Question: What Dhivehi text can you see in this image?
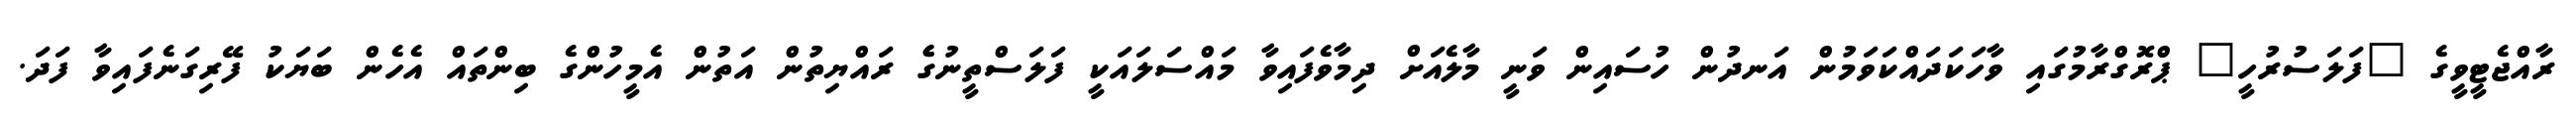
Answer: ރާއްޖެޓީވީގެ "ފަލަސުރުހީ" ޕްރޮގްރާމުގައި ވާހަކަދައްކަވަމުން އަނދުން ހުސައިން ވަނީ މާލެއަށް ދިމާވެފައިވާ މައްސަލައަކީ ފަލަސްތީނުގެެ ރައްޔިތުން އަތުން އެމީހުންގެ ބިންތައް އެހެން ބަޔަކު ފޭރިގަނެފައިވާ ފަދަ.